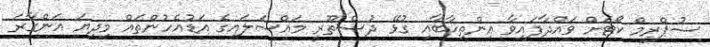
ސުޕްރީމް ކޯޓަށް ވައްދާފައިވާ އިންތިޚާބާއި ގުޅޭ ދުސްތޫރީ މައްސަލައިގެ އަޑުއެހުންތައް މިދިޔަ އަންގާރަ